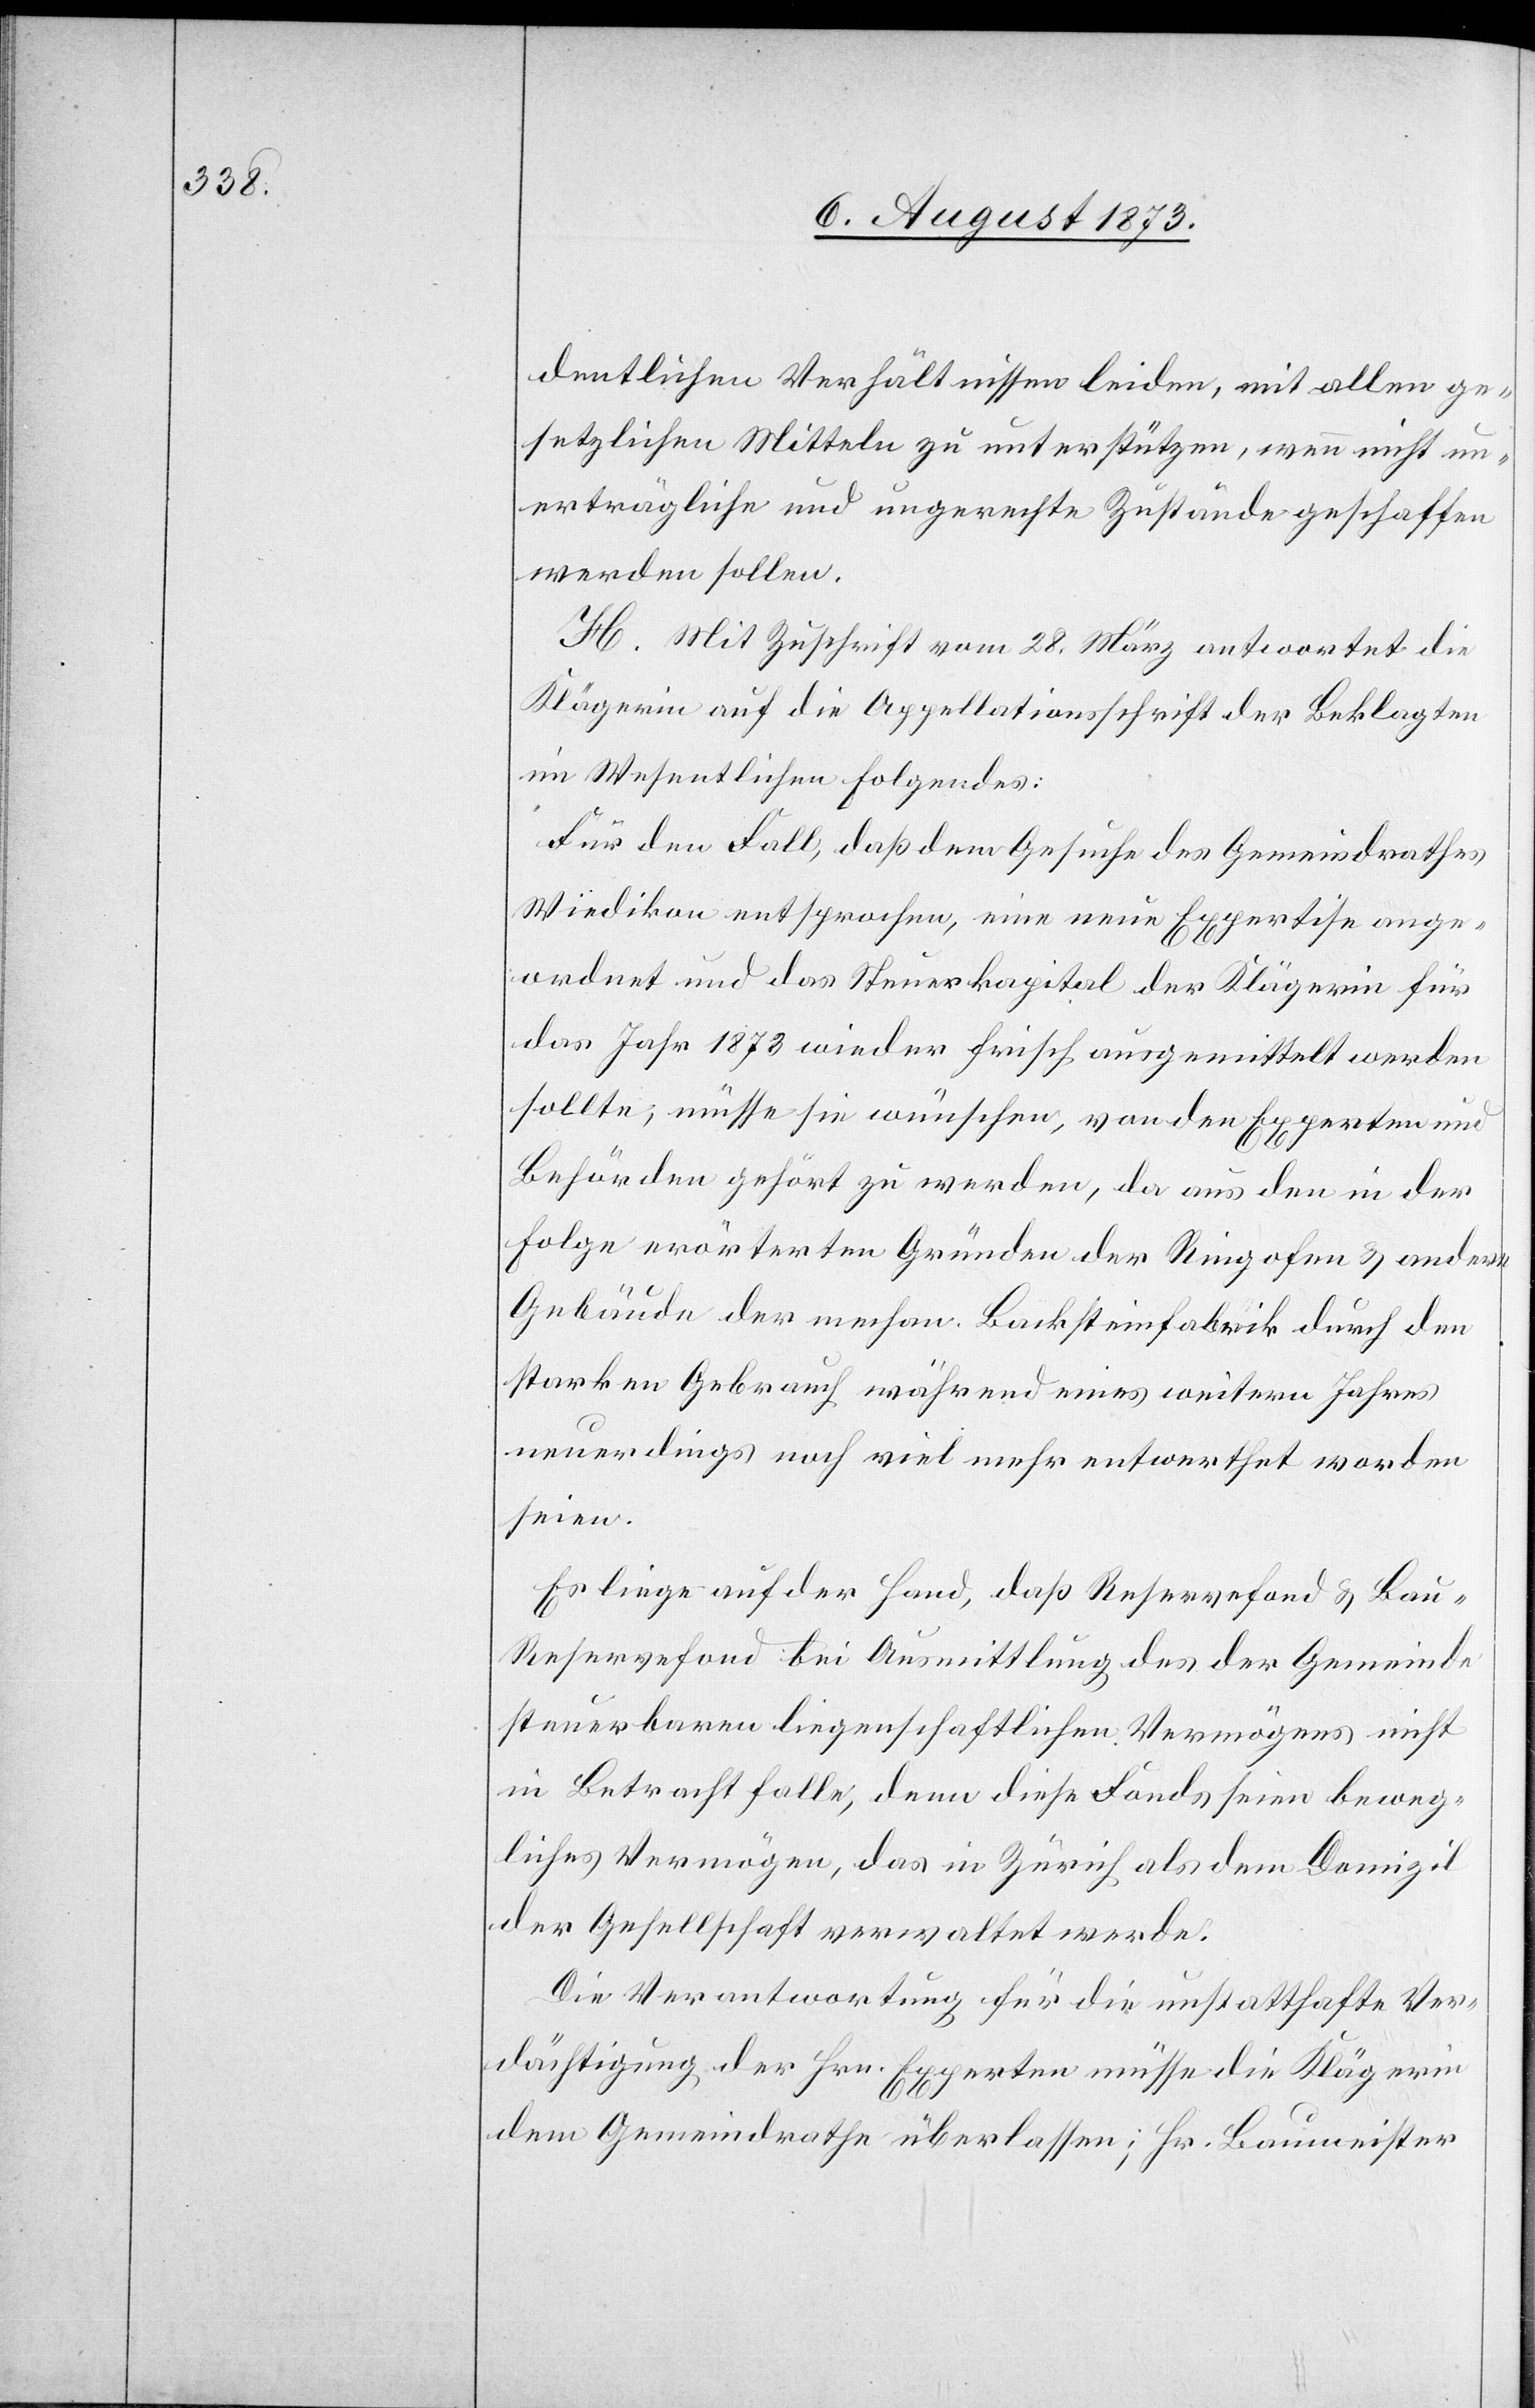
dentlichen Verhältnissen leiden, mit allen ge¬
setzlichen Mitteln zu unterstützen, wenn nicht un¬
erträgliche und ungerechte Zustände geschaffen
werden sollen.
H. Mit Zuschrift vom 28. März antwortet die
Klägerin auf die Appellationsschrift der Beklagten
im Wesentlichen Folgendes:
Für den Fall, daß dem Gesuche des Gemeindrathes
Wiedikon entsprochen, eine neue Expertise ange¬
ordnet und das Steuerkapital der Klägerin für
das Jahr 1873 wieder frisch ausgemittelt werden
sollte, müsse sie wünschen, von den Experten und
Behörden gehört zu werden, da aus den in der
Folge erörterten Gründen der Ringofen & andere
Gebäude der mechan. Backsteinfabrik durch den
starken Gebrauch während eines weitern Jahres
neuerdings noch viel mehr entwerthet worden
seien.
Es liege auf der Hand, daß Reservefond & Bau-R¬
eservefond bei Ausmittlung des der Gemeinde
steuerbaren liegenschaftlichen Vermögens nicht
in Betracht falle, denn diese Fonds seien beweg¬
liches Vermögen, das in Zürich als dem Domizil
der Gesellschaft verwaltet werde.
Die Verantwortung für die unstatthafte Ver¬
dächtigung der Hrn. Experten müsse die Klägerin
dem Gemeindrathe überlassen; Hr. Baumeister